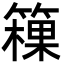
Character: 䉓